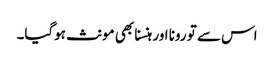
اس سے تو رونا اور ہنسنا بھی مونث ہوگیا۔